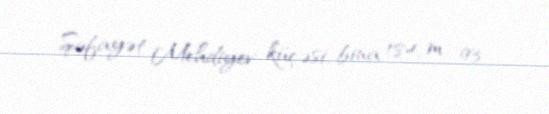
Şəfayət Mehdiyev küçəsi, bina 184, m. 93